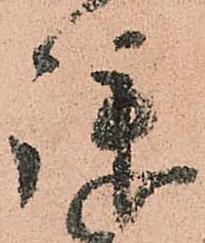
拝